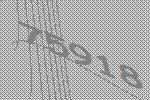
75918